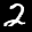
Label: 2